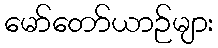
မော်တော်ယာဉ်များ